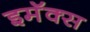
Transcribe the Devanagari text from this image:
इमॅक्स